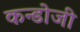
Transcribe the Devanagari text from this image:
कन्डोजी